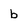
Character: b